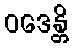
ဝဒေန္တိ